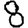
Digit: 8